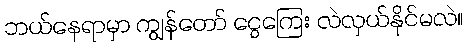
ဘယ်နေရာမှာ ကျွန်တော် ငွေကြေး လဲလှယ်နိုင်မလဲ။